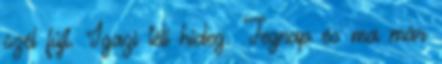
szél fújt. Igazi téli hideg. Tegnap és ma már